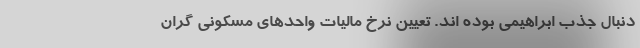
دنبال جذب ابراهیمی بوده اند. تعیین نرخ مالیات واحدهای مسکونی گران